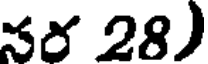
నర 28)